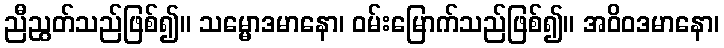
ညီညွတ်သည်ဖြစ်၍။ သမ္မောဒမာနော၊ ဝမ်းမြောက်သည်ဖြစ်၍။ အဝိဝဒမာနော၊